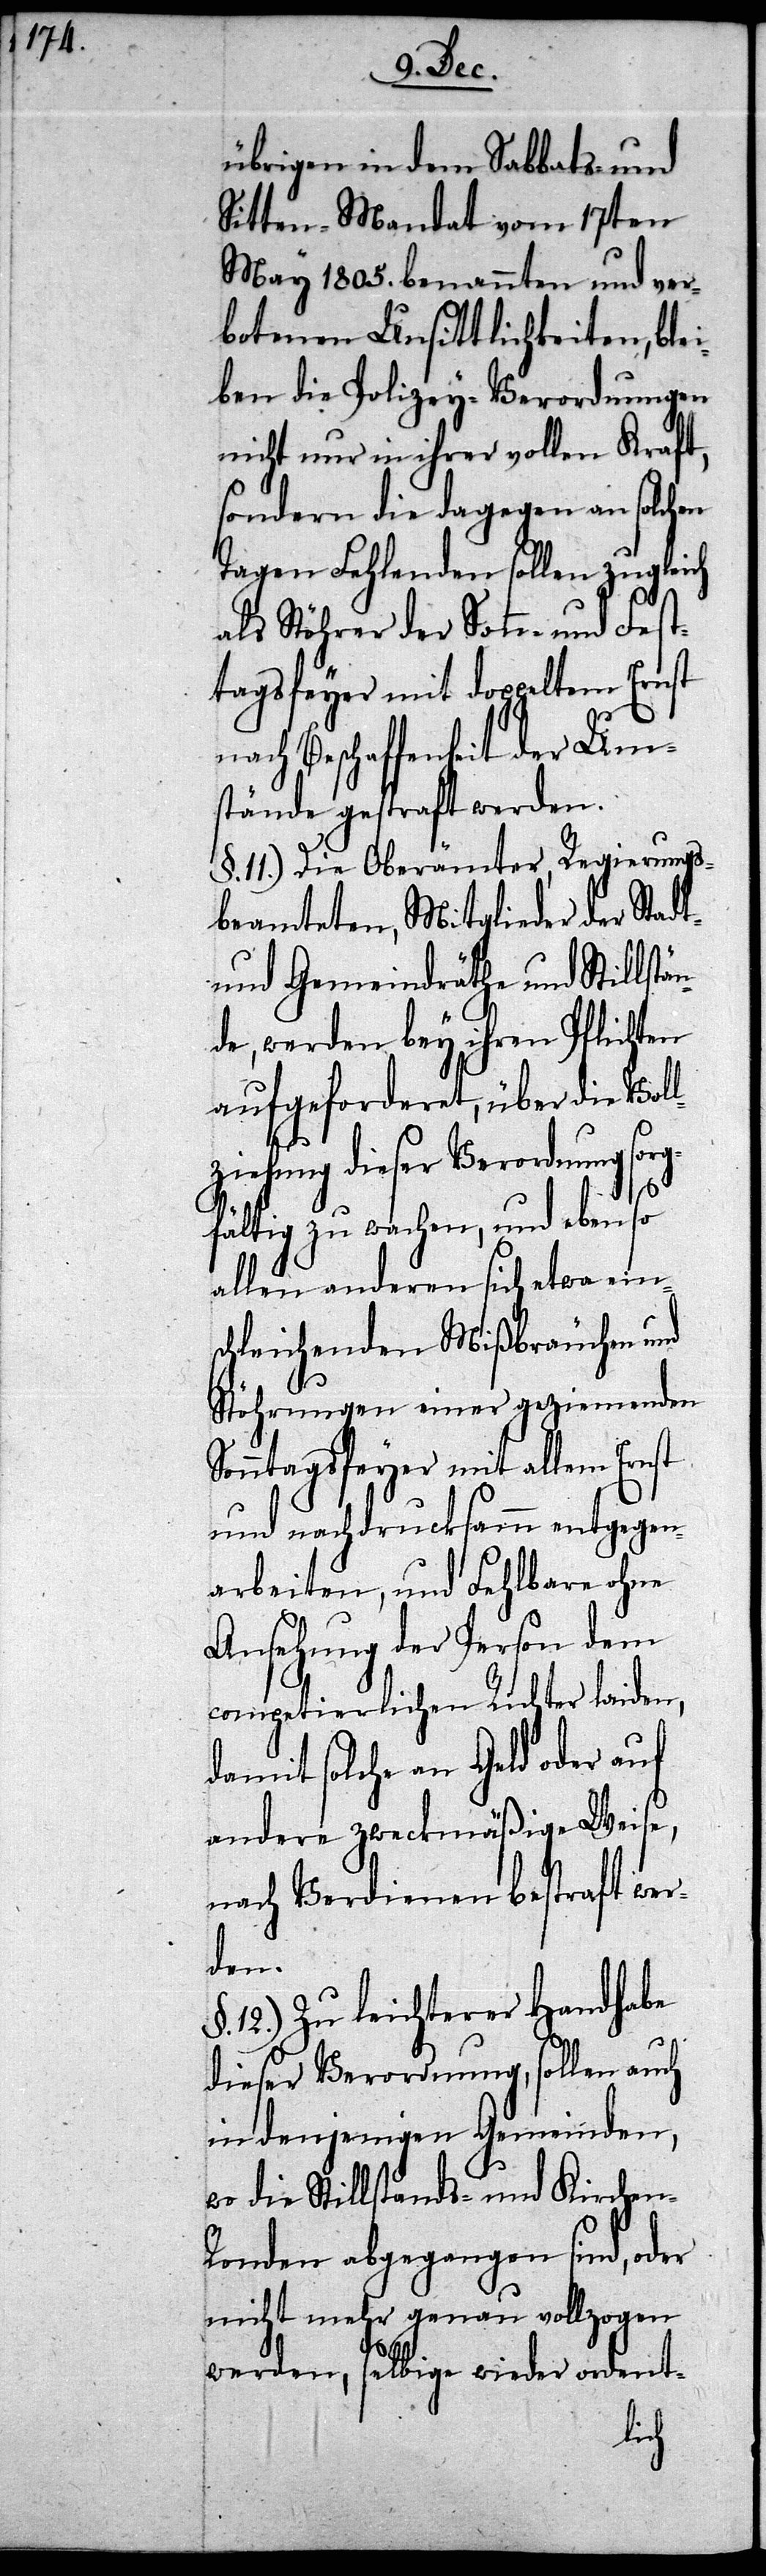
übrigen in dem Sabbats- und
Sitten-Mandat vom 17ten
May 1805. benannten und ver¬
botenen Unsittlichkeiten, bl¬
ben die Polizey-Verordnungen
Kraft,
nicht nur in ihrer voll¬
lchen
sondern die dagegen
Tagen Fehlenden sollen zugleich
als Stöhrer der Sonn- und Fest¬
Ernst
tagsfeyer mit doppeltem
nach Beschaffenheit der Um¬
stände gestraft werden.
§. 11.) Die Oberämter, Regierungs¬
beamteten, Mitglieder der Stadt-
und Gemeindräthe und Stillstän¬
de, werden bey ihren Pflichten
aufgeforderet, über die Voll¬
ziehung dieser Verordnung sorg¬
n-R¬
fältig zu wachen, und ebenso
allen anderen sich etwa eins¬
chleichenden Mißbräuchen und
Stöhrungen einer geziemenden
Sonntagsfeyer mit allem Ernst
und nachdrucksamm entgegen¬
arbeiten, und Fehlbare ohne
Ansehung der Person dem
competierlichen Richter laiden,
damit solche an Geld oder auf
andere zweckmäßige Weise,
nach Verdienen bestraft wer¬
den.
12.) Zu leichterer Handhabe
dieser Verordnung, sollen auch
in denjenigen Gemeinden,
wo die Stillstands- und Kirche¬
onden abgegangen sind, oder
nicht mehr genau vollzogen
werden, selbige wieder ordent-